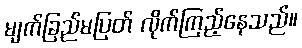
မျက်ခြည်မပြတ် လိုက်ကြည့်နေသည်။